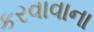
કરવાવાના